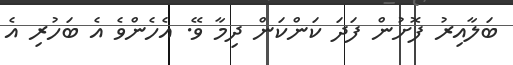
ބަލާއިރު ފޮށުން ފަދަ ކަންކަން ދިމާ ވޭ. އެހެންވެ އެ ބަހުރި އެ